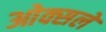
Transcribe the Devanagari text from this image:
ओक्सले